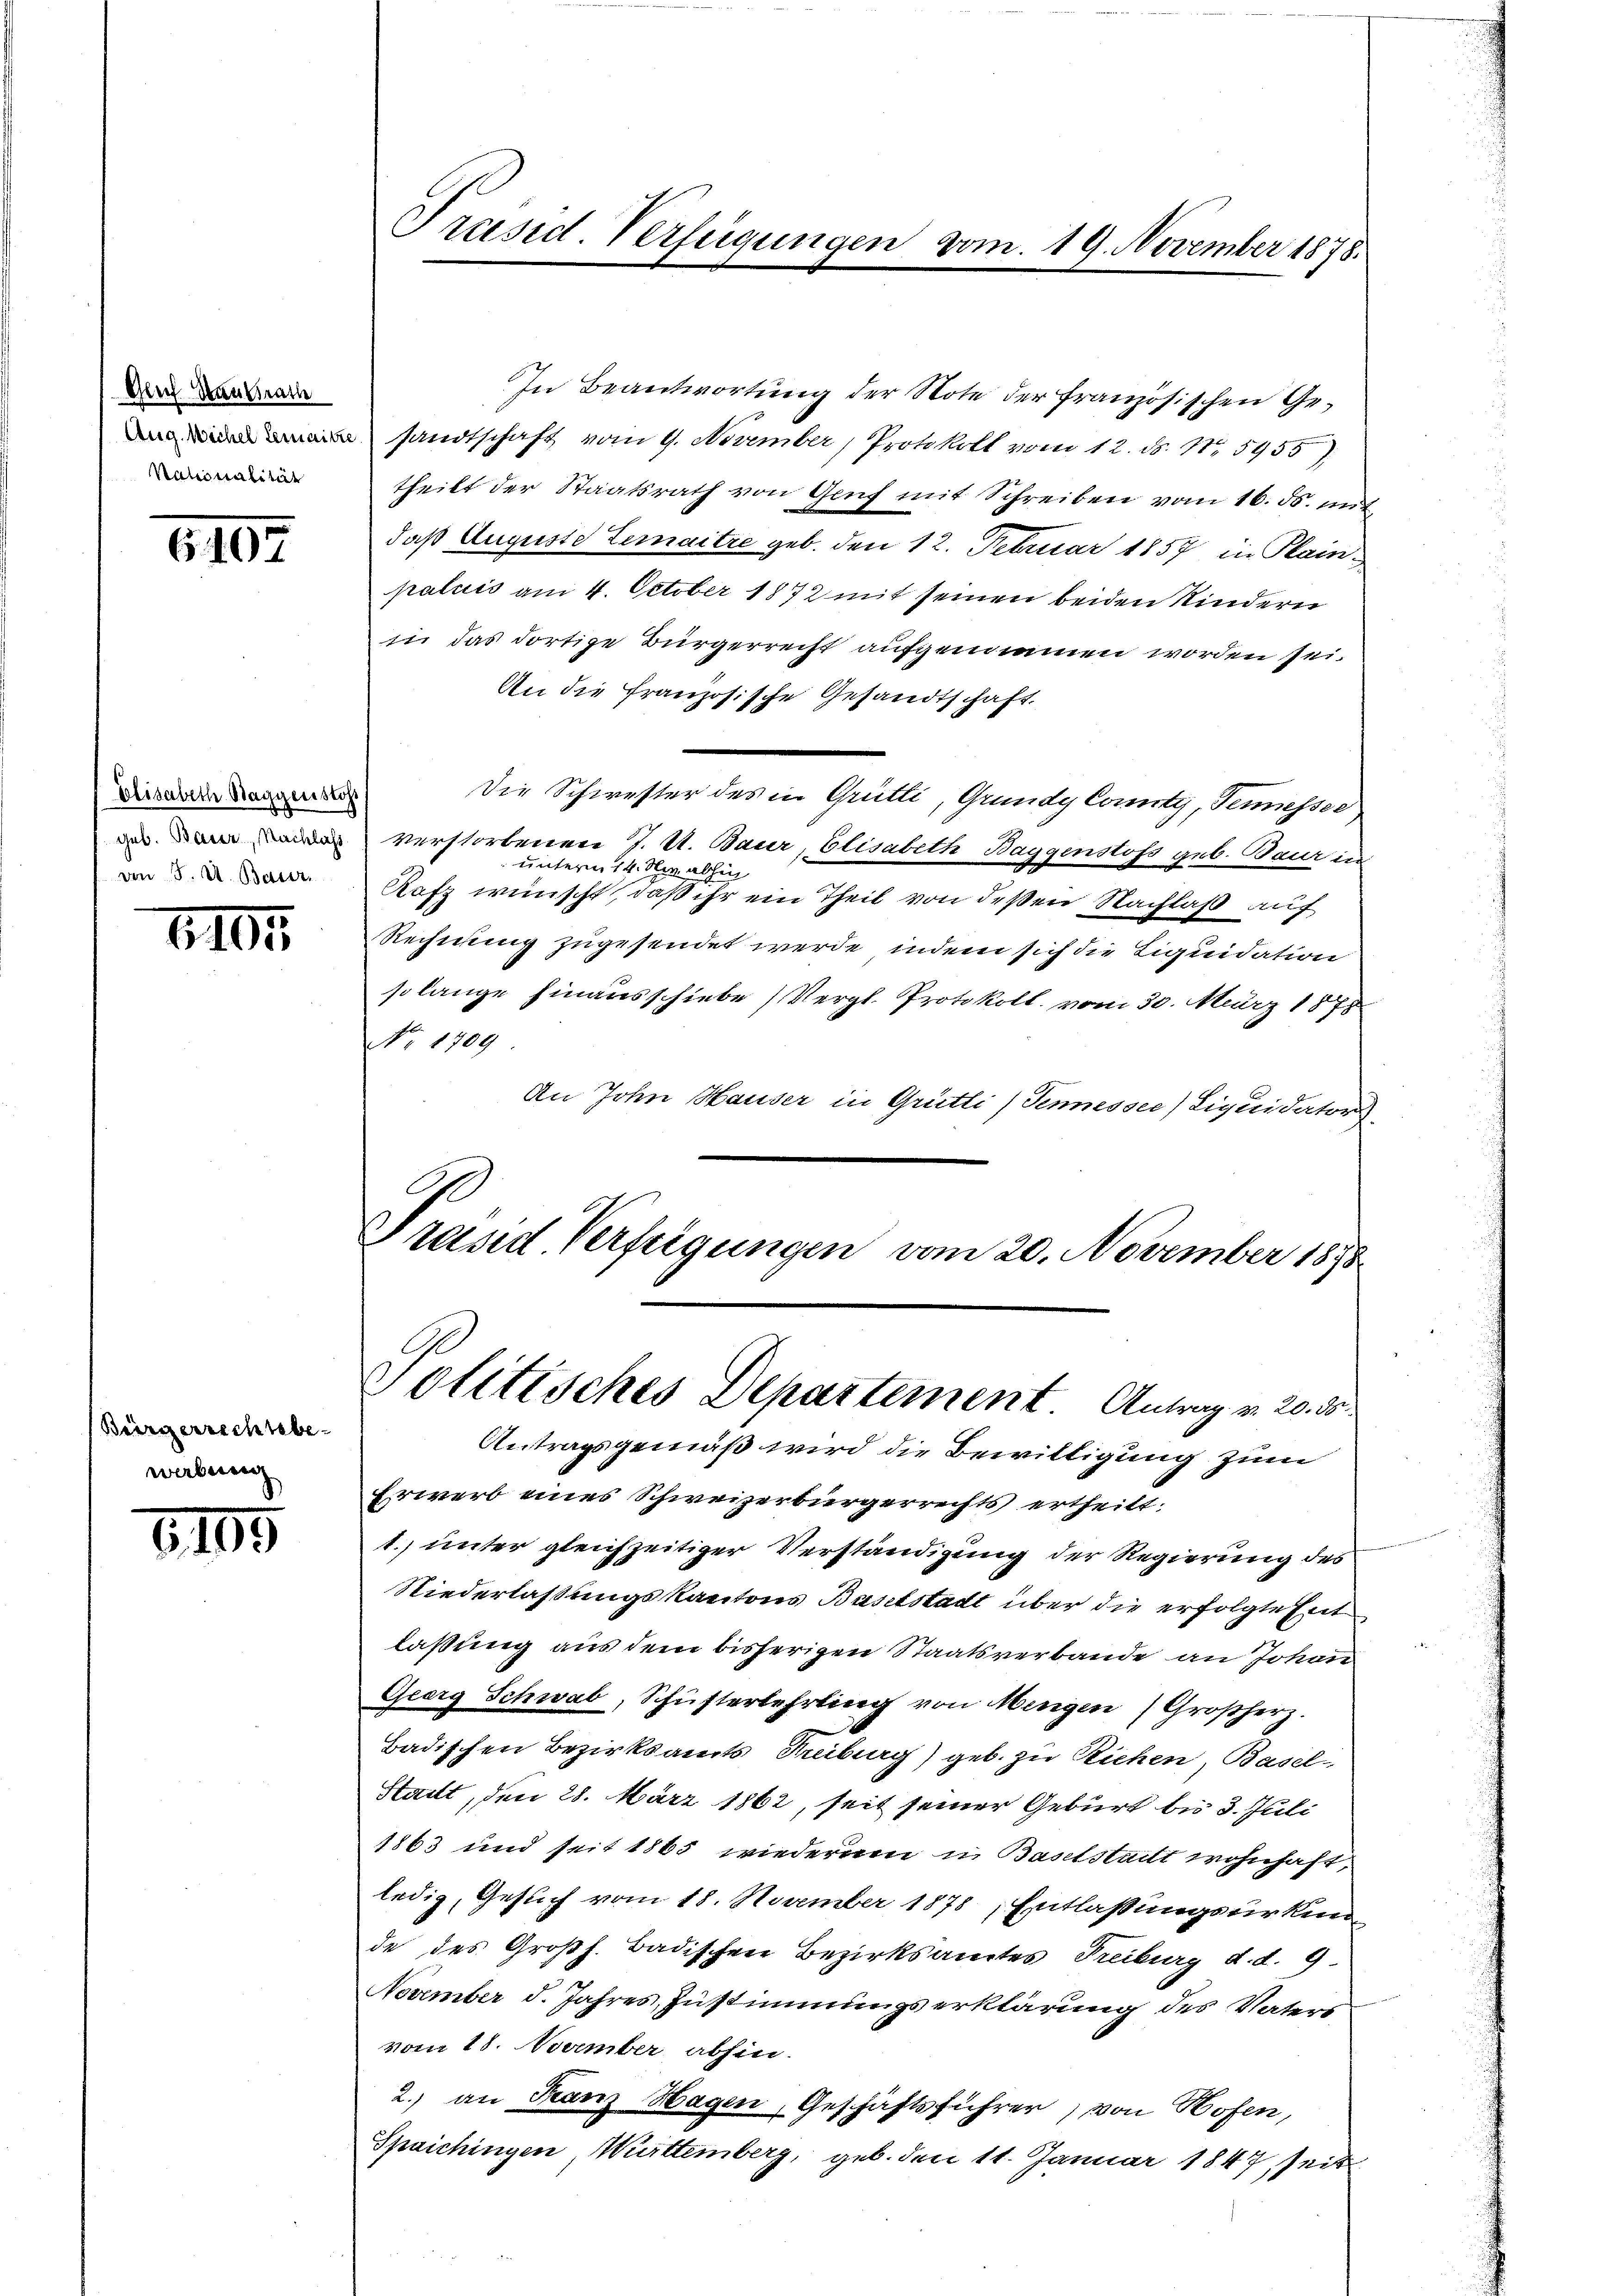
Glech Stauftratie
Nationalität

6107

Elisabeth Baggenstos
geb. Basse, Nachlass
von 5. A. Baur

1104

Bürgerrechtebe-
wabung

105

Präsid. Verfügungen vom 19. November 1878.

In Beantwortung der Note der französischen Ge¬
 sandtschaft vom 9. November, Protokoll vom 12. ds. No. 5955)
theilt der Staatsrath von Genf mit Schreiben vom 16. ds. mit
daß Auguste Lemaitre geb. den 12. Februar 1857 in Plain-
paluis am 4. October 1872 mit seinen beiden Kindern
in das dortige Bürgerrecht aufgenommen worden sei.
An die französische Gesandtschaft.
Die Schwester des in Grütli, Grundy Comity, Tennesser
verstorbenen 7. U. Baur, Elisabeth Baggenstoss geb. Baur in
unterm 14. die abhin
Rafz wünscht, daß ihr ein Theil von deßen Nachlaß auf
Rechnung zugesendet werde, indem sich die Liquidation
solange hinausschiebe (Vergl. Protokoll vom 30. März 1878
No. 1709
An John Hauser in Grütli) Tennesser Liquidators
Präsid. Verfügungen vom 20. November 1898

Politisches Departement. Antrag v. 20. 35

Antragsgemäß wird die Bewilligung zum
Erwerb eines Schweizerbürgerrechts ertheilt:
1. unter gleichzeitiger Verständigung der Regierung des
Niederlassungskantons Bantstadt über die erfolgte Ent
laßung aus dem bisherigen Staatsverbande an Johan
Georg Schwab, Schusterlehrling von Mengen Großherz.
Badischen Bezirksamts Treiburg) geb. zu Riehen, Basel-
Stadt, den 28. März 1862, seit seiner Geburt bis 3. Juli
1863 und seit 1865 wiederum in Baselstadt wohnhaft,
ledig, Gesuch vom 18. November 1878, Entlassungsurkun
de des Großh. Badischen Bezirksamtes Treiburg d. d. 9.
November d. Jahres, Zustimmungserklärung des Vaters
vom 18. November abhin.
2.) an Franz Hagen, Geschäftsführer, von Hofen,
Spaichingen Württemberg, geb. den 11. Januar 1847 seit